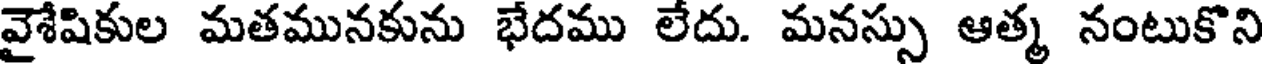
వైశేషికుల మతమునకును భేదము లేదు. మనస్సు ఆత్మ నంటుకొని